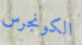
الكونجرس